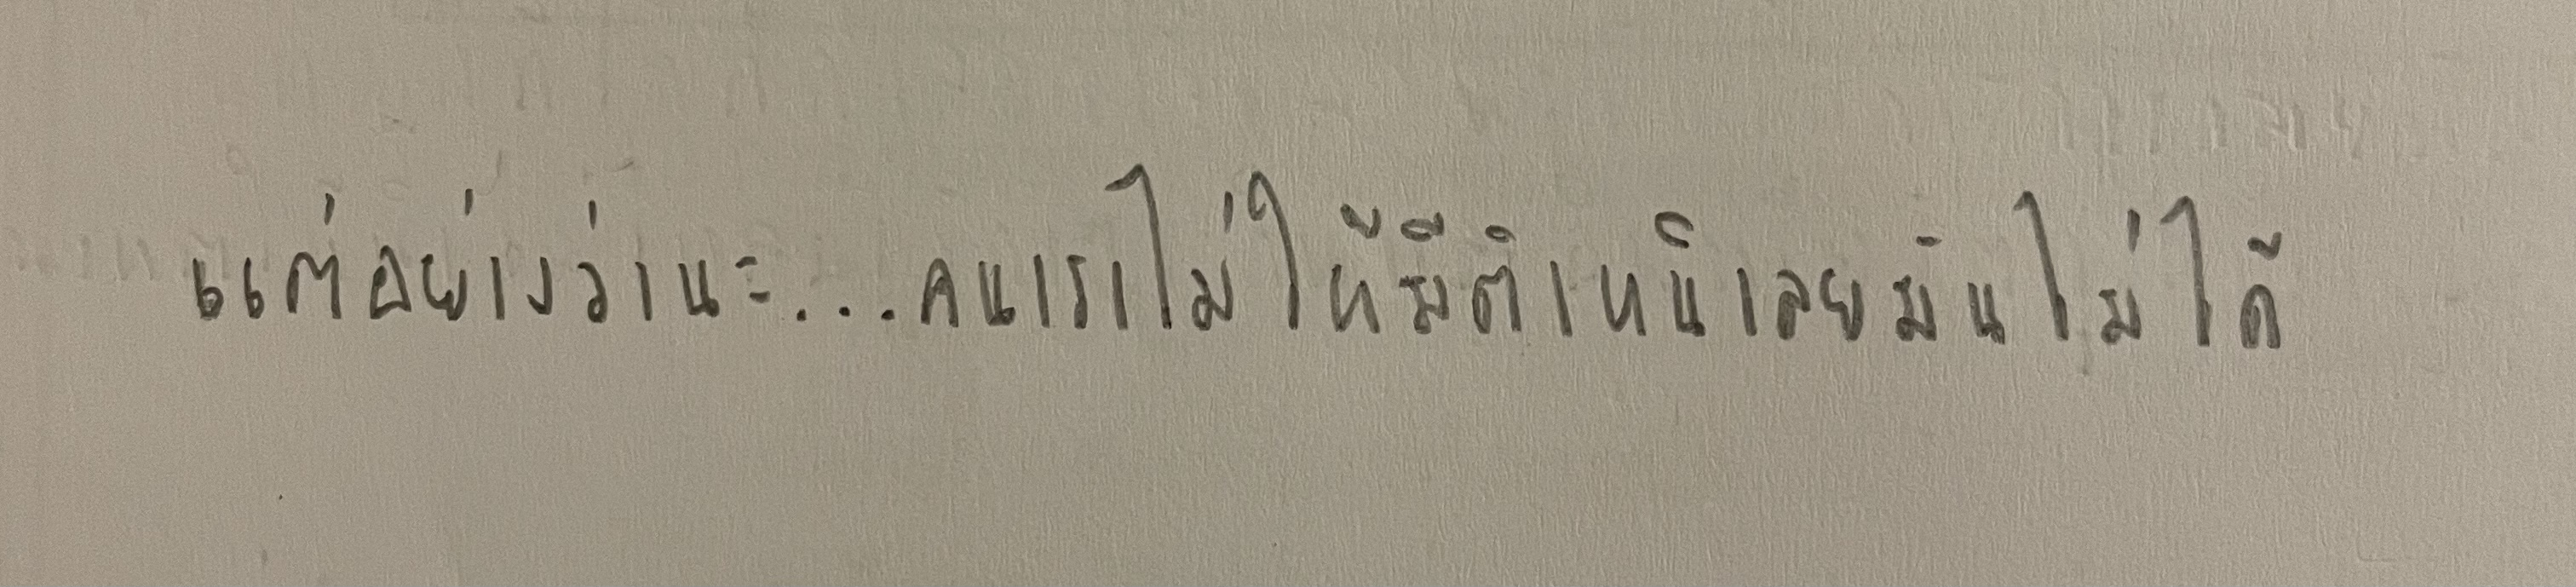
แต่อย่างว่านะ...คนเราไม่ให้มีตำหนิเลยมันไม่ได้